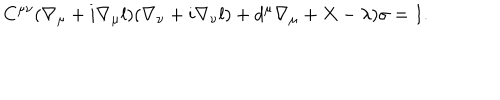
C ^ { \mu \nu } ( \nabla _ { \mu } + i \nabla _ { \mu } l ) ( \nabla _ { \nu } + i \nabla _ { \nu } l ) + d ^ { \mu } \nabla _ { \mu } + X - \lambda ) \sigma = I .